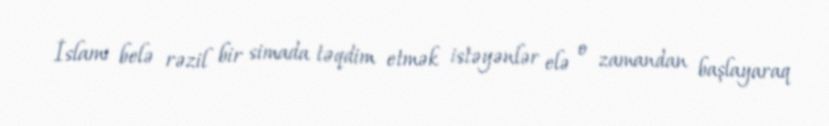
İslamı belə rəzil bir simada təqdim etmək istəyənlər elə o zamandan başlayaraq